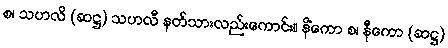
စ၊ သဟလိ (ဆဋ္ဌ) သဟလီ နတ်သားလည်းကောင်း။ နိံကော စ၊ နီကော (ဆဋ္ဌ)